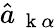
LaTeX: \hat{a}_{\mathrm{~\mathbf~k~}\alpha}